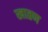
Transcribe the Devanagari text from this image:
खातण